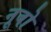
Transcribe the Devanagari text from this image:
नूवो